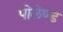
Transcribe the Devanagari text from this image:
पोलेण्ड